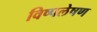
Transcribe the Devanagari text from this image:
विष्पलेषण